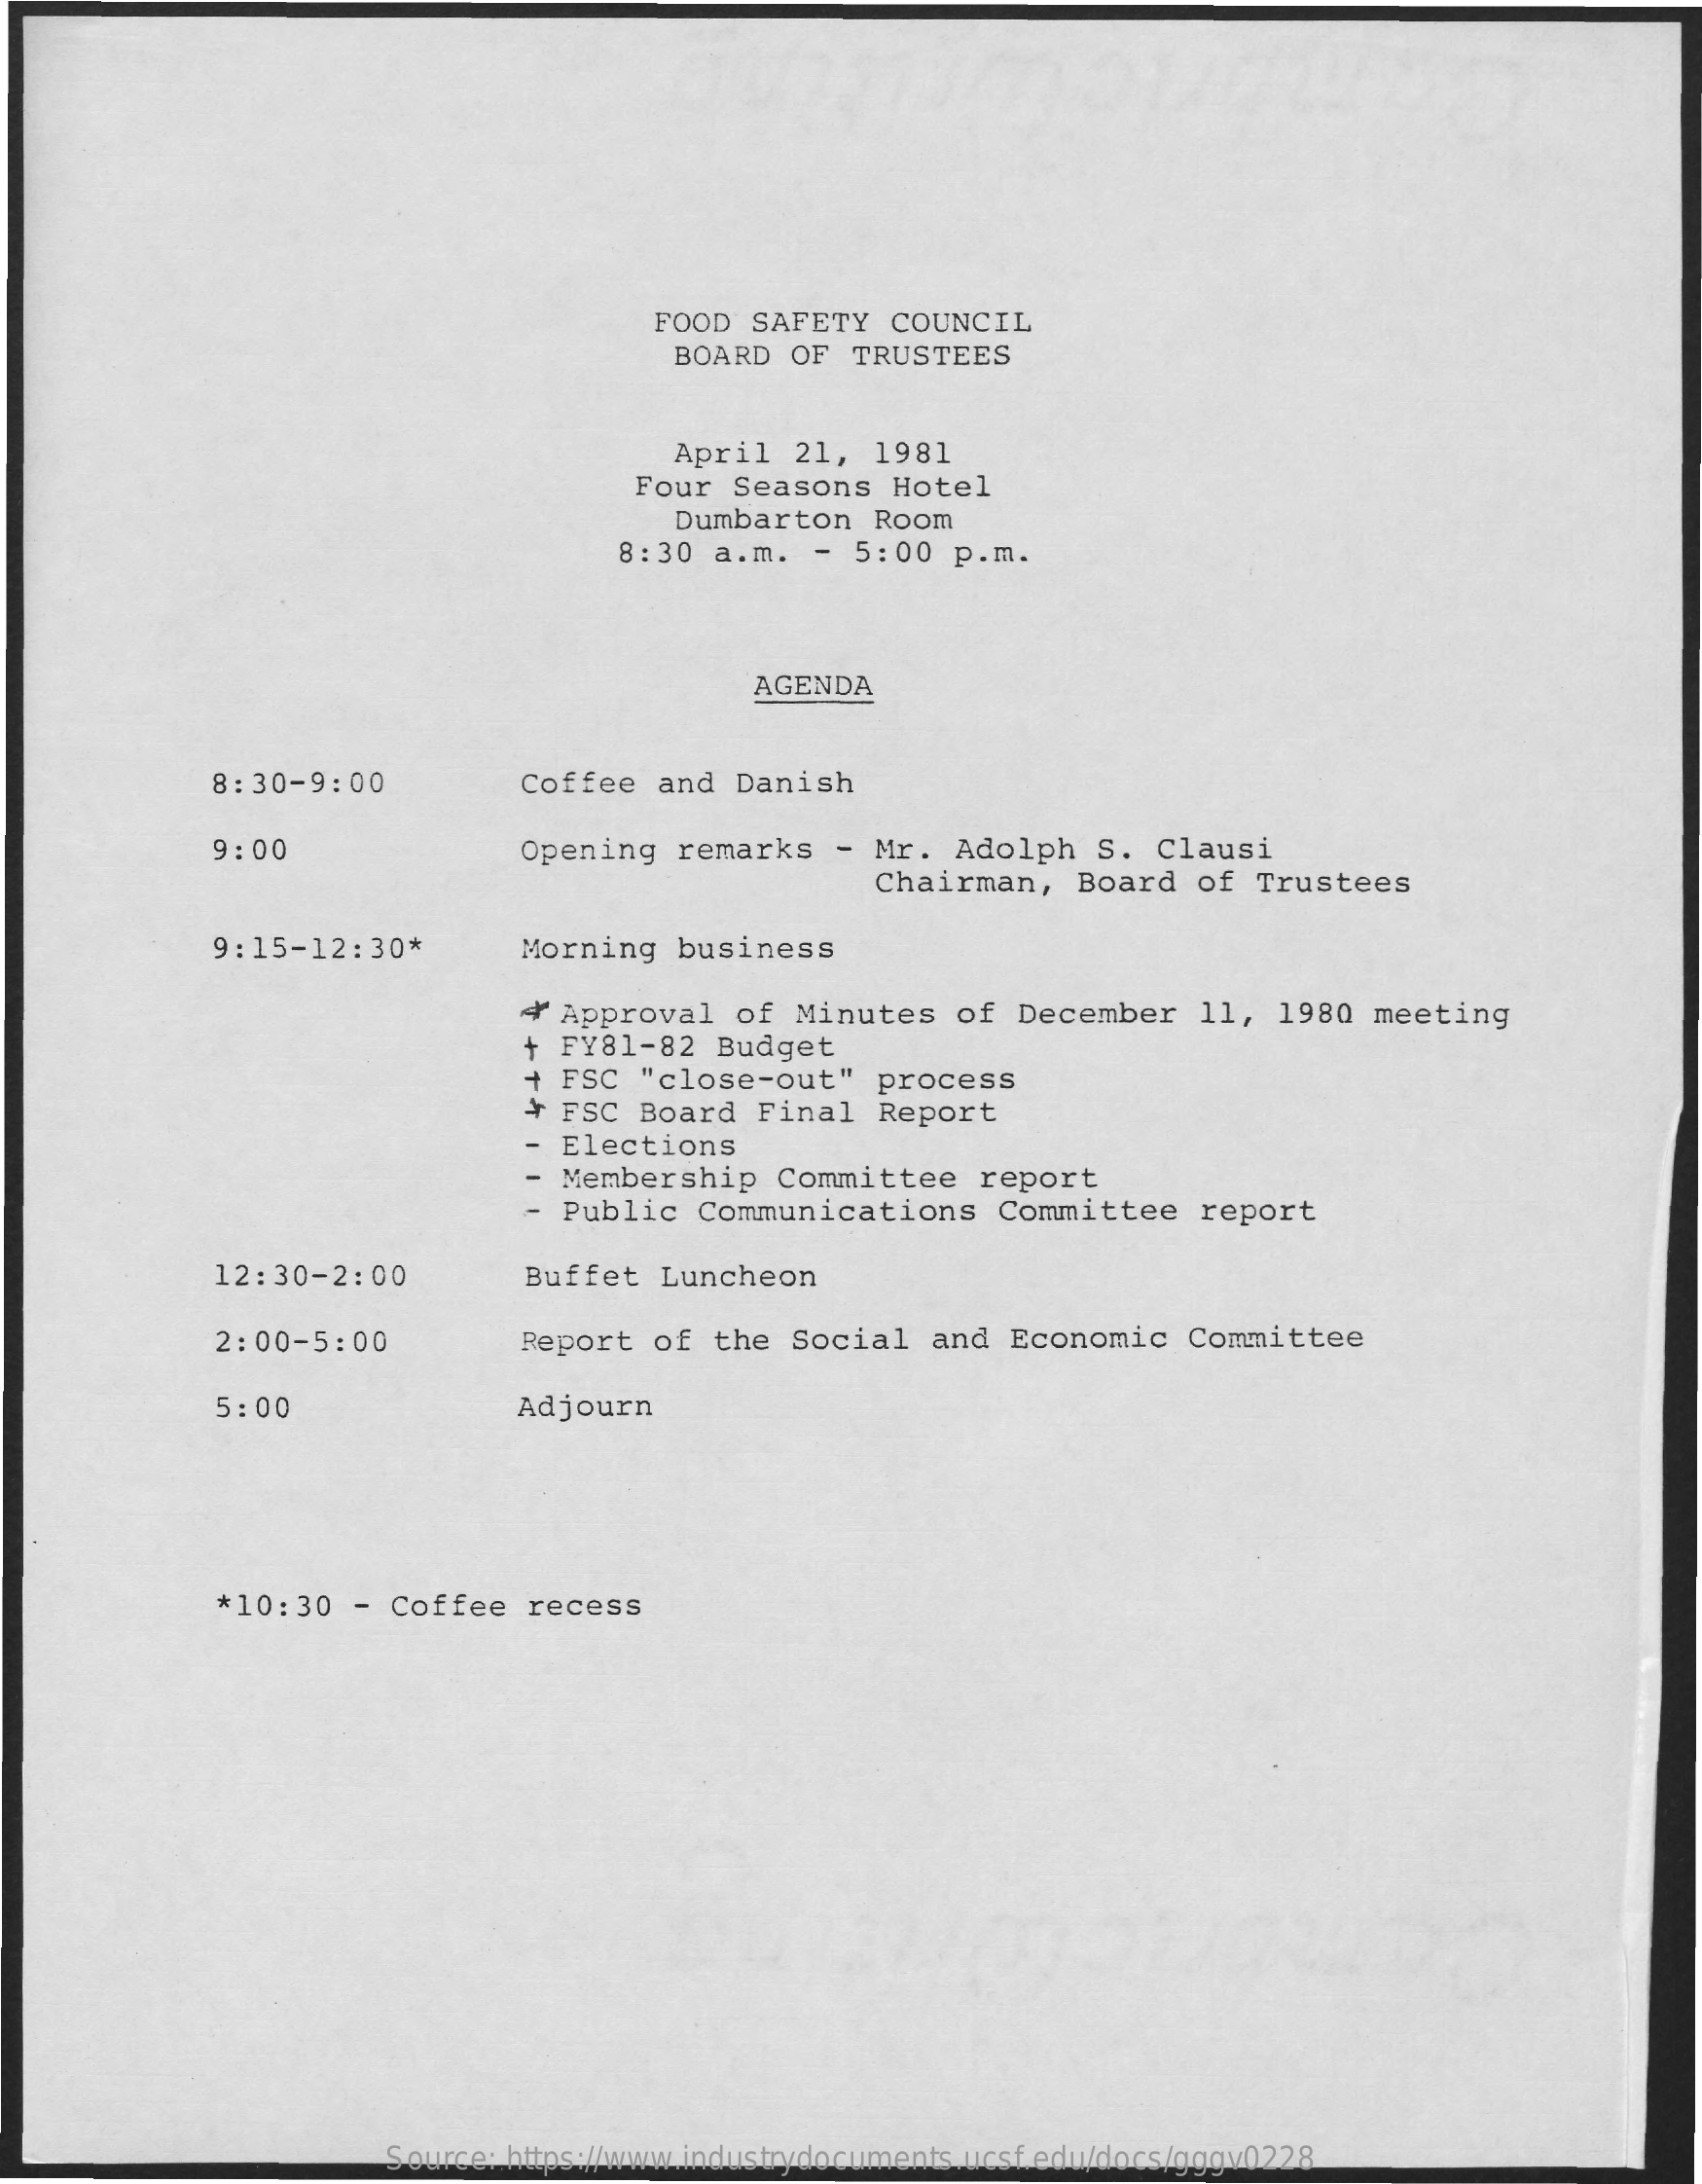
FOOD  SAFETY   COUNCIL
     BOARD  OF  TRUSTEES
     April  21,   1981
     Four  Seasons   Hotel
     Dumbarton    Room
     8:30  a.m.   - 5:00  p.m.
     AGENDA
     8:30-9:00    Coffee   and  Danish
     9:00    Opening   remarks   -  Mr.  Adolph   S. Clausi
     Chairman,   Board   of  Trustees
     9:15-12:30*    Morning   business
     4' Approval   of Minutes    of December    11,  1980  meeting
     +  FY81-82  Budget
     + FSC  "close-out"    process
     ¥ FSC Board   Final   Report
     Elections
     Membership   Committee    report
     Public  Communications    Committee    report
     12:30-2:00    Buffet  Luncheon
     2:00-5:00    Report  of  the  Social   and  Economic    Committee
     5:00    Adjourn
     *10:30   - Coffee   recess
     Source: https://www.industrydocuments.ucsf.edu/docs/gggv0228